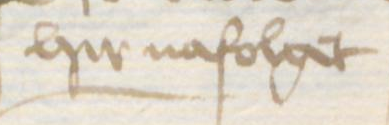
Transcription: hir nafolget